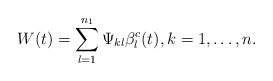
LaTeX: \begin{align*}W (t)=\sum_{l=1}^{n_1}\Psi_{kl} \beta^c_l(t), k=1,\dots,n.\end{align*}